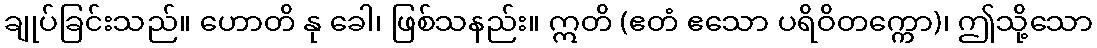
ချုပ်ခြင်းသည်။ ဟောတိ နု ခေါ၊ ဖြစ်သနည်း။ ဣတိ (ဧတံ ဧသော ပရိဝိတက္ကော)၊ ဤသို့သော